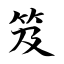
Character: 笈